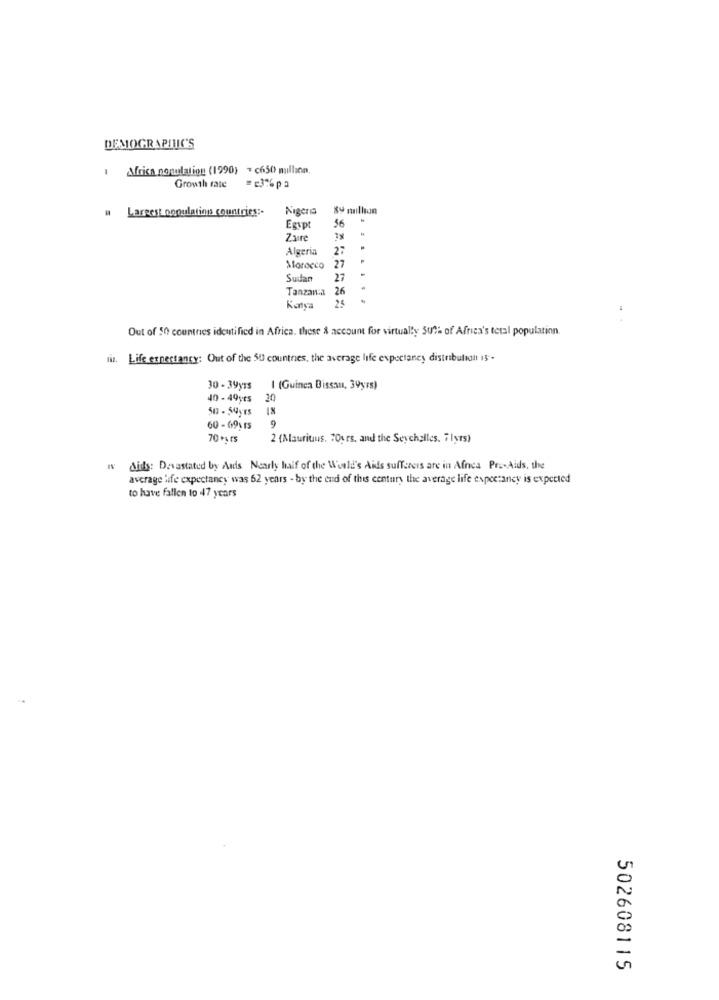
DEMOGRAPHIC'S
Africa nonulation (1990) = c650 million.
Growth rate
Nigeria
sy million
u Largest population countries ;-
56
Egypt
Zure
Algeria
27
27
Aloroeco
Susan
27
Tanzan:a 26
25
Katya
Out of 50 countries identified in Africa. these & account for virtually 30% of Africa's tetal population.
Life expectancy: Out of the 50 countries, the average life expectancy distribution is .
30 - 39yrs
I (Guinea Bissau, 39yrs)
40 - 49yrs
20
60 - 69% 15
9
70+s ts
2 (Mauritius, "Ours, and the Seychelles. 71yrs)
W Sids: Devastated by Andis Nearly half of the World's Aids sufferers are in Afnca Pro-Aids, the
average life expectancy was 62 years - by the end of this century the average life expectancy is expected
to have fallen to 47 years
502608115